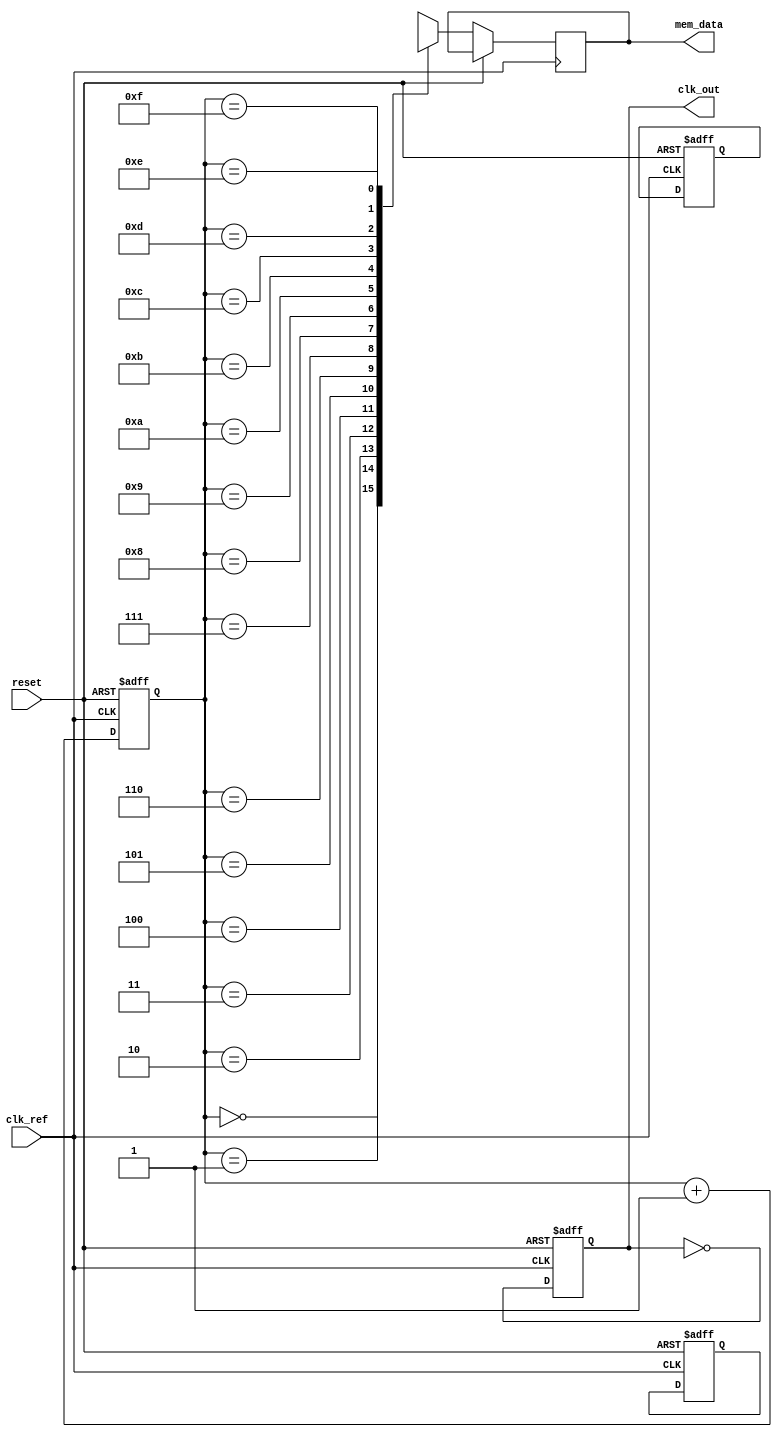
module MemoryBlocksAnalogPLL (
    input wire clk_ref,          // Reference clock input
    input wire reset,            // Reset signal
    output wire clk_out,         // Output clock
    output wire [7:0] mem_data   // Memory data output for calibration
);

    // Parameters
    parameter DIV_RATIO = 4;     // Frequency divider ratio
    parameter VCO_MAX_FREQ = 100; // Max VCO frequency (arbitrary units)
    
    // Internal signals
    reg [7:0] phase_error;        // Phase error signal
    reg [7:0] current_out;        // Current output from charge pump
    reg [15:0] control_voltage;    // Control voltage for VCO
    reg [15:0] vco_freq;          // VCO frequency
    reg [15:0] feedback_clk;      // Feedback clock signal
    reg [7:0] memory_block [0:15]; // Memory blocks for calibration data
    reg [3:0] mem_addr;           // Memory address for control logic
    reg clk_div;                  // Divided clock output

    // Phase Detector (PD)
    always @(posedge clk_ref or posedge reset) begin
        if (reset) begin
            phase_error <= 8'b0;
        end else begin
            // Simple phase detection logic (for illustration)
            // In practice, this would be more complex
            phase_error <= (feedback_clk == clk_ref) ? 8'b0 : 8'b1;
        end
    end

    // Charge Pump (CP)
    always @(posedge clk_ref or posedge reset) begin
        if (reset) begin
            current_out <= 8'b0;
        end else begin
            // Generate current based on phase error
            if (phase_error > 0) begin
                current_out <= current_out + 1; // Positive pulse
            end else begin
                current_out <= current_out - 1; // Negative pulse
            end
        end
    end

    // Loop Filter (simple first-order for illustration)
    always @(posedge clk_ref or posedge reset) begin
        if (reset) begin
            control_voltage <= 16'b0;
        end else begin
            control_voltage <= control_voltage + current_out; // Integrate current
        end
    end

    // Voltage-Controlled Oscillator (VCO)
    always @(posedge clk_ref or posedge reset) begin
        if (reset) begin
            vco_freq <= 16'b0;
        end else begin
            // Adjust VCO frequency based on control voltage
            vco_freq <= control_voltage[15:0] % VCO_MAX_FREQ; // Simple modulus for frequency
        end
    end

    // Frequency Divider
    always @(posedge clk_ref or posedge reset) begin
        if (reset) begin
            clk_div <= 1'b0;
        end else begin
            clk_div <= ~clk_div; // Toggle clock
        end
    end

    // Feedback clock generation
    always @(posedge clk_div) begin
        feedback_clk <= (feedback_clk + 1) % DIV_RATIO; // Feedback clock based on divider
    end

    // Memory Blocks (for calibration data)
    always @(posedge clk_ref or posedge reset) begin
        if (reset) begin
            mem_addr <= 4'b0;
            // Initialize memory blocks with calibration data
            memory_block[0] <= 8'hFF; // Example data
            memory_block[1] <= 8'hAA; // Example data
            // ... initialize other memory blocks as needed
        end else begin
            // Example of reading from memory
            mem_data <= memory_block[mem_addr];
            mem_addr <= mem_addr + 1; // Increment address for next read
        end
    end

    // Output clock generation
    assign clk_out = clk_div;

endmodule